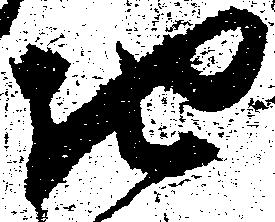
ち